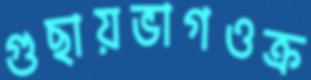
গুছায়ভাগওক্র